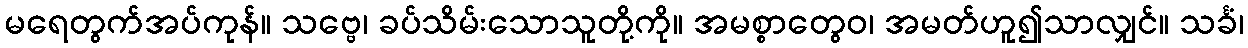
မရေတွက်အပ်ကုန်။ သဗ္ဗေ၊ ခပ်သိမ်းသောသူတို့ကို။ အမစ္စာတွေဝ၊ အမတ်ဟူ၍သာလျှင်။ သင်္ခံ၊